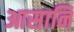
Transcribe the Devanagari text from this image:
आसानि